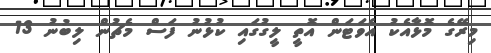
މިރޭގެ މޮޅާއެކު އެވަޓަން އޮތީ ލީގުގައި ކުޅުނު ފަސް މެޗުން ލިބުނު 13